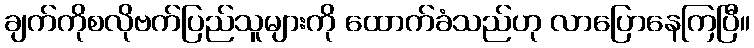
ချက်ကိုစလိုဗက်ပြည်သူများကို ထောက်ခံသည်ဟု လာပြောနေကြပြီ။